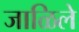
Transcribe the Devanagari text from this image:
जाळिले